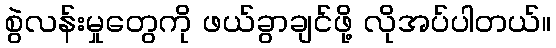
စွဲလန်းမှုတွေကို ဖယ်ခွာချင်ဖို့ လိုအပ်ပါတယ်။